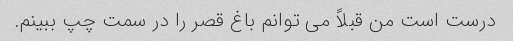
درست است من قبلاً می توانم باغ قصر را در سمت چپ ببینم.